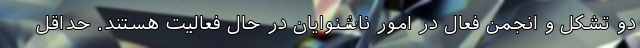
دو تشکل و انجمن فعال در امور ناشنوایان در حال فعالیت هستند. حداقل